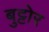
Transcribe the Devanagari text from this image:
बुट्टोर